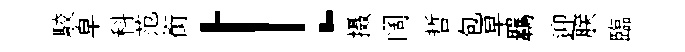
駮皁科范銜！摄阔哲包早羈迎朕臨